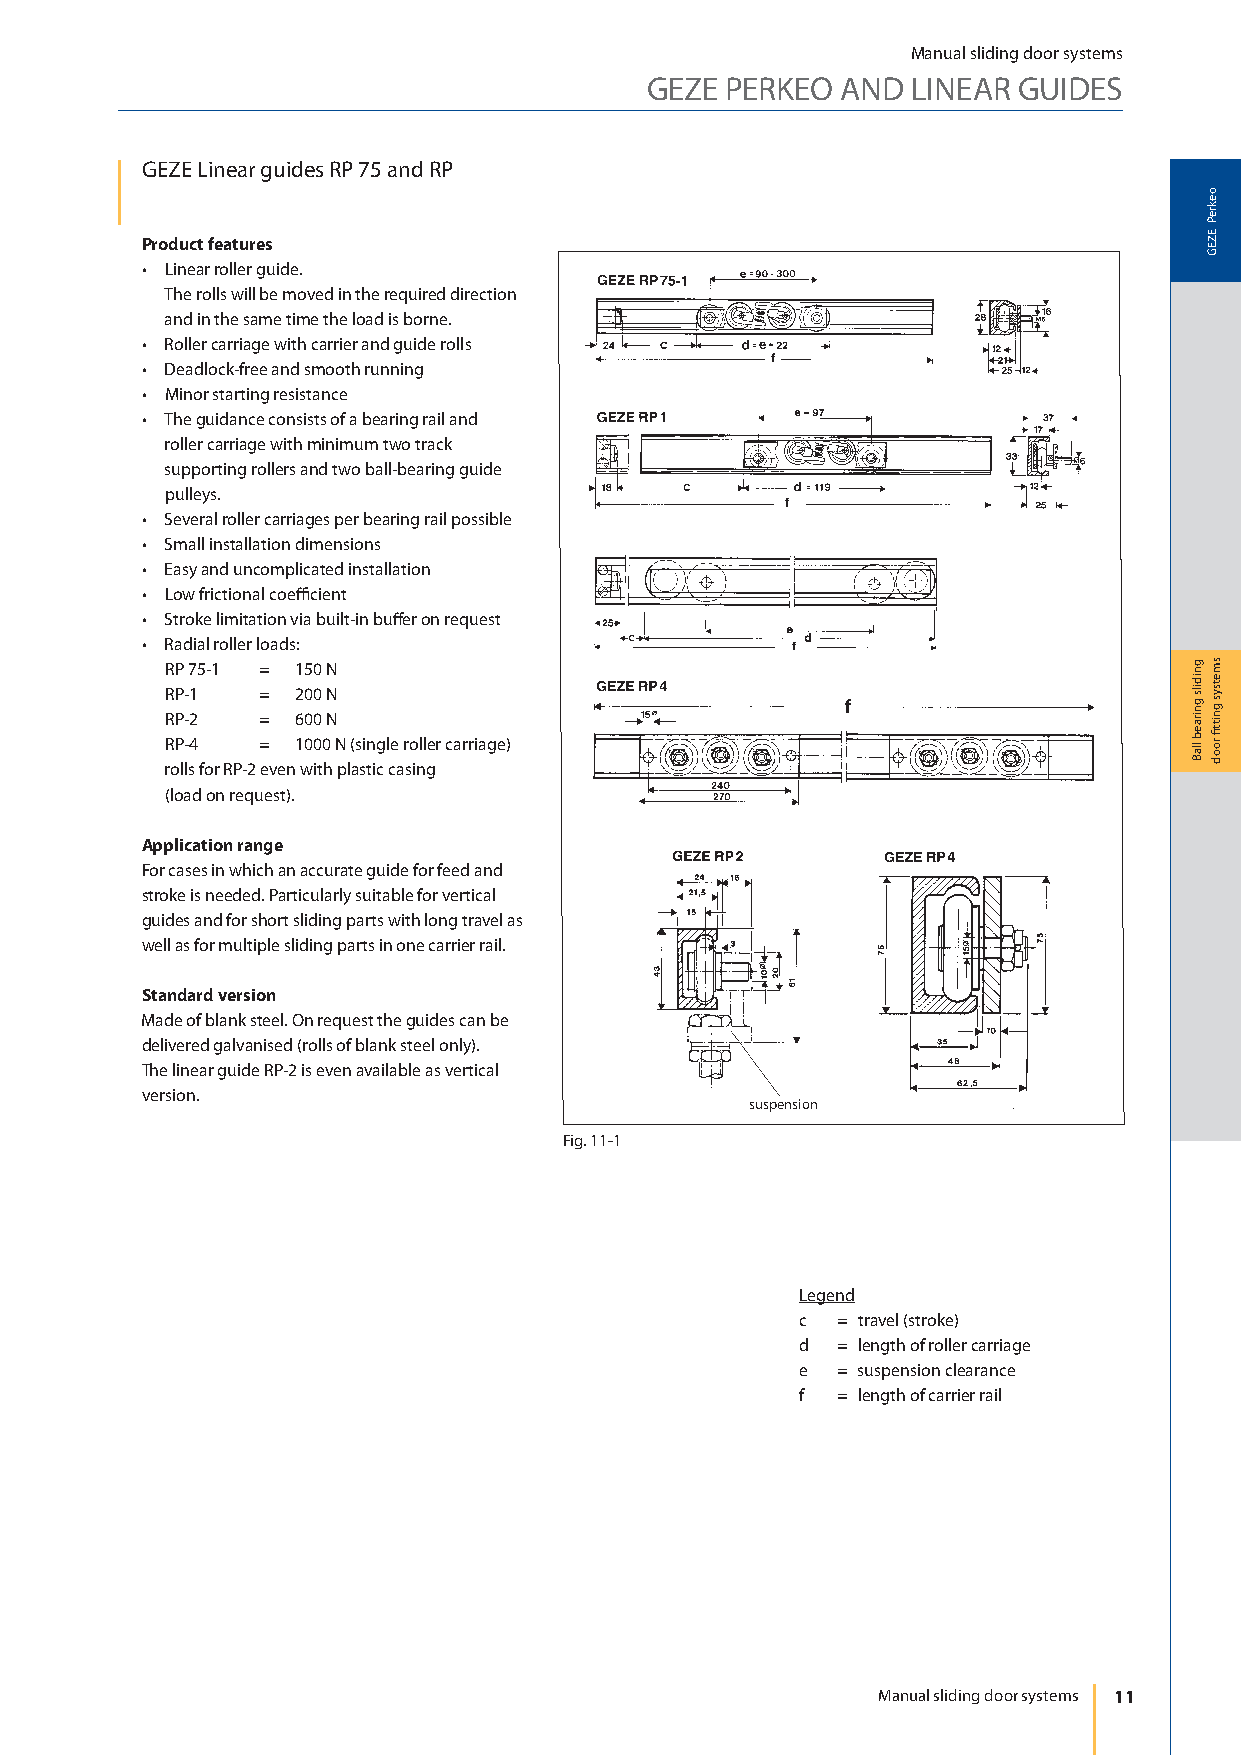
Manual sliding door systems
 GEZE PERKEO  AND LINEAR GUIDES
 GEZE Linear guides RP 75 and RP
 Product features
 • Linear roller guide.
 The rolls will be moved in the required direction
 and in the same time the load is borne.
 • Roller carriage with carrier and guide rolls
 • Deadlock-free and smooth running
 • Minor starting resistance
 • The guidance consists of a bearing rail and
 roller carriage with minimum two track
 supporting rollers and two ball-bearing guide
 pulleys.
 • Several roller carriages per bearing rail possible
 • Small installation dimensions
 • Easy and uncomplicated installation
 • Low frictional coeffi cient
 • Stroke limitation via built-in buff er on request
 • Radial roller loads:
 RP 75-1 = 150 N
 RP-1  =  200 N
 RP-2  =  600 N
 RP-4  =  1000 N (single roller carriage)
 rolls for RP-2 even with plastic casing
 (load on request).
 Application range
 For cases in which an accurate guide for feed and
 stroke is needed. Particularly suitable for vertical
 guides and for short sliding parts with long travel as
 well as for multiple sliding parts in one carrier rail.
 Standard version
 Made of blank steel. On request the guides can be
 delivered galvanised (rolls of blank steel only).
 The linear guide RP-2 is even available as vertical
 version.
 suspension
 Fig. 11-1
 Legend
 c = travel (stroke)
 d = length of roller carriage
 e = suspension clearance
 f = length of carrier rail
 Manual sliding door systems 11
 gnidils
 gniraeb
 llaB
 oekreP
 EZEG
 smetsys
 gnittfi
 rood